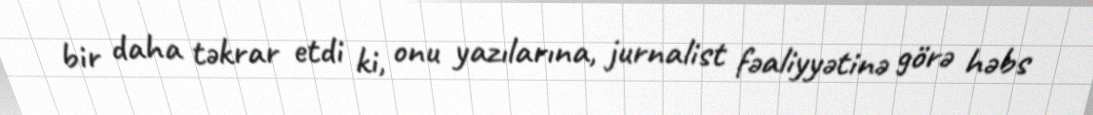
bir daha təkrar etdi ki, onu yazılarına, jurnalist fəaliyyətinə görə həbs